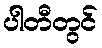
ပါတီတွင်